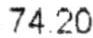
74.20